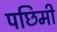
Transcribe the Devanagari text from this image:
पछिमी